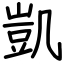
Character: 凱